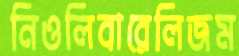
নিওলিবারেলিজম